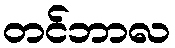
တင်ဘာလ